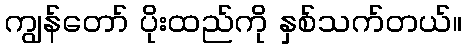
ကျွန်တော် ပိုးထည်ကို နှစ်သက်တယ်။